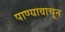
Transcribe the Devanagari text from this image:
पाण्यावाचून